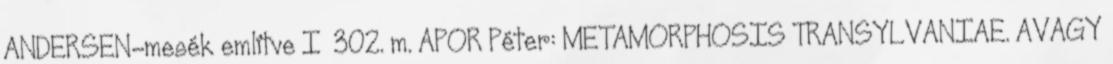
ANDERSEN-mesék említve I 302. m. APOR Péter: METAMORPHOSIS TRANSYLVANIAE. AVAGY